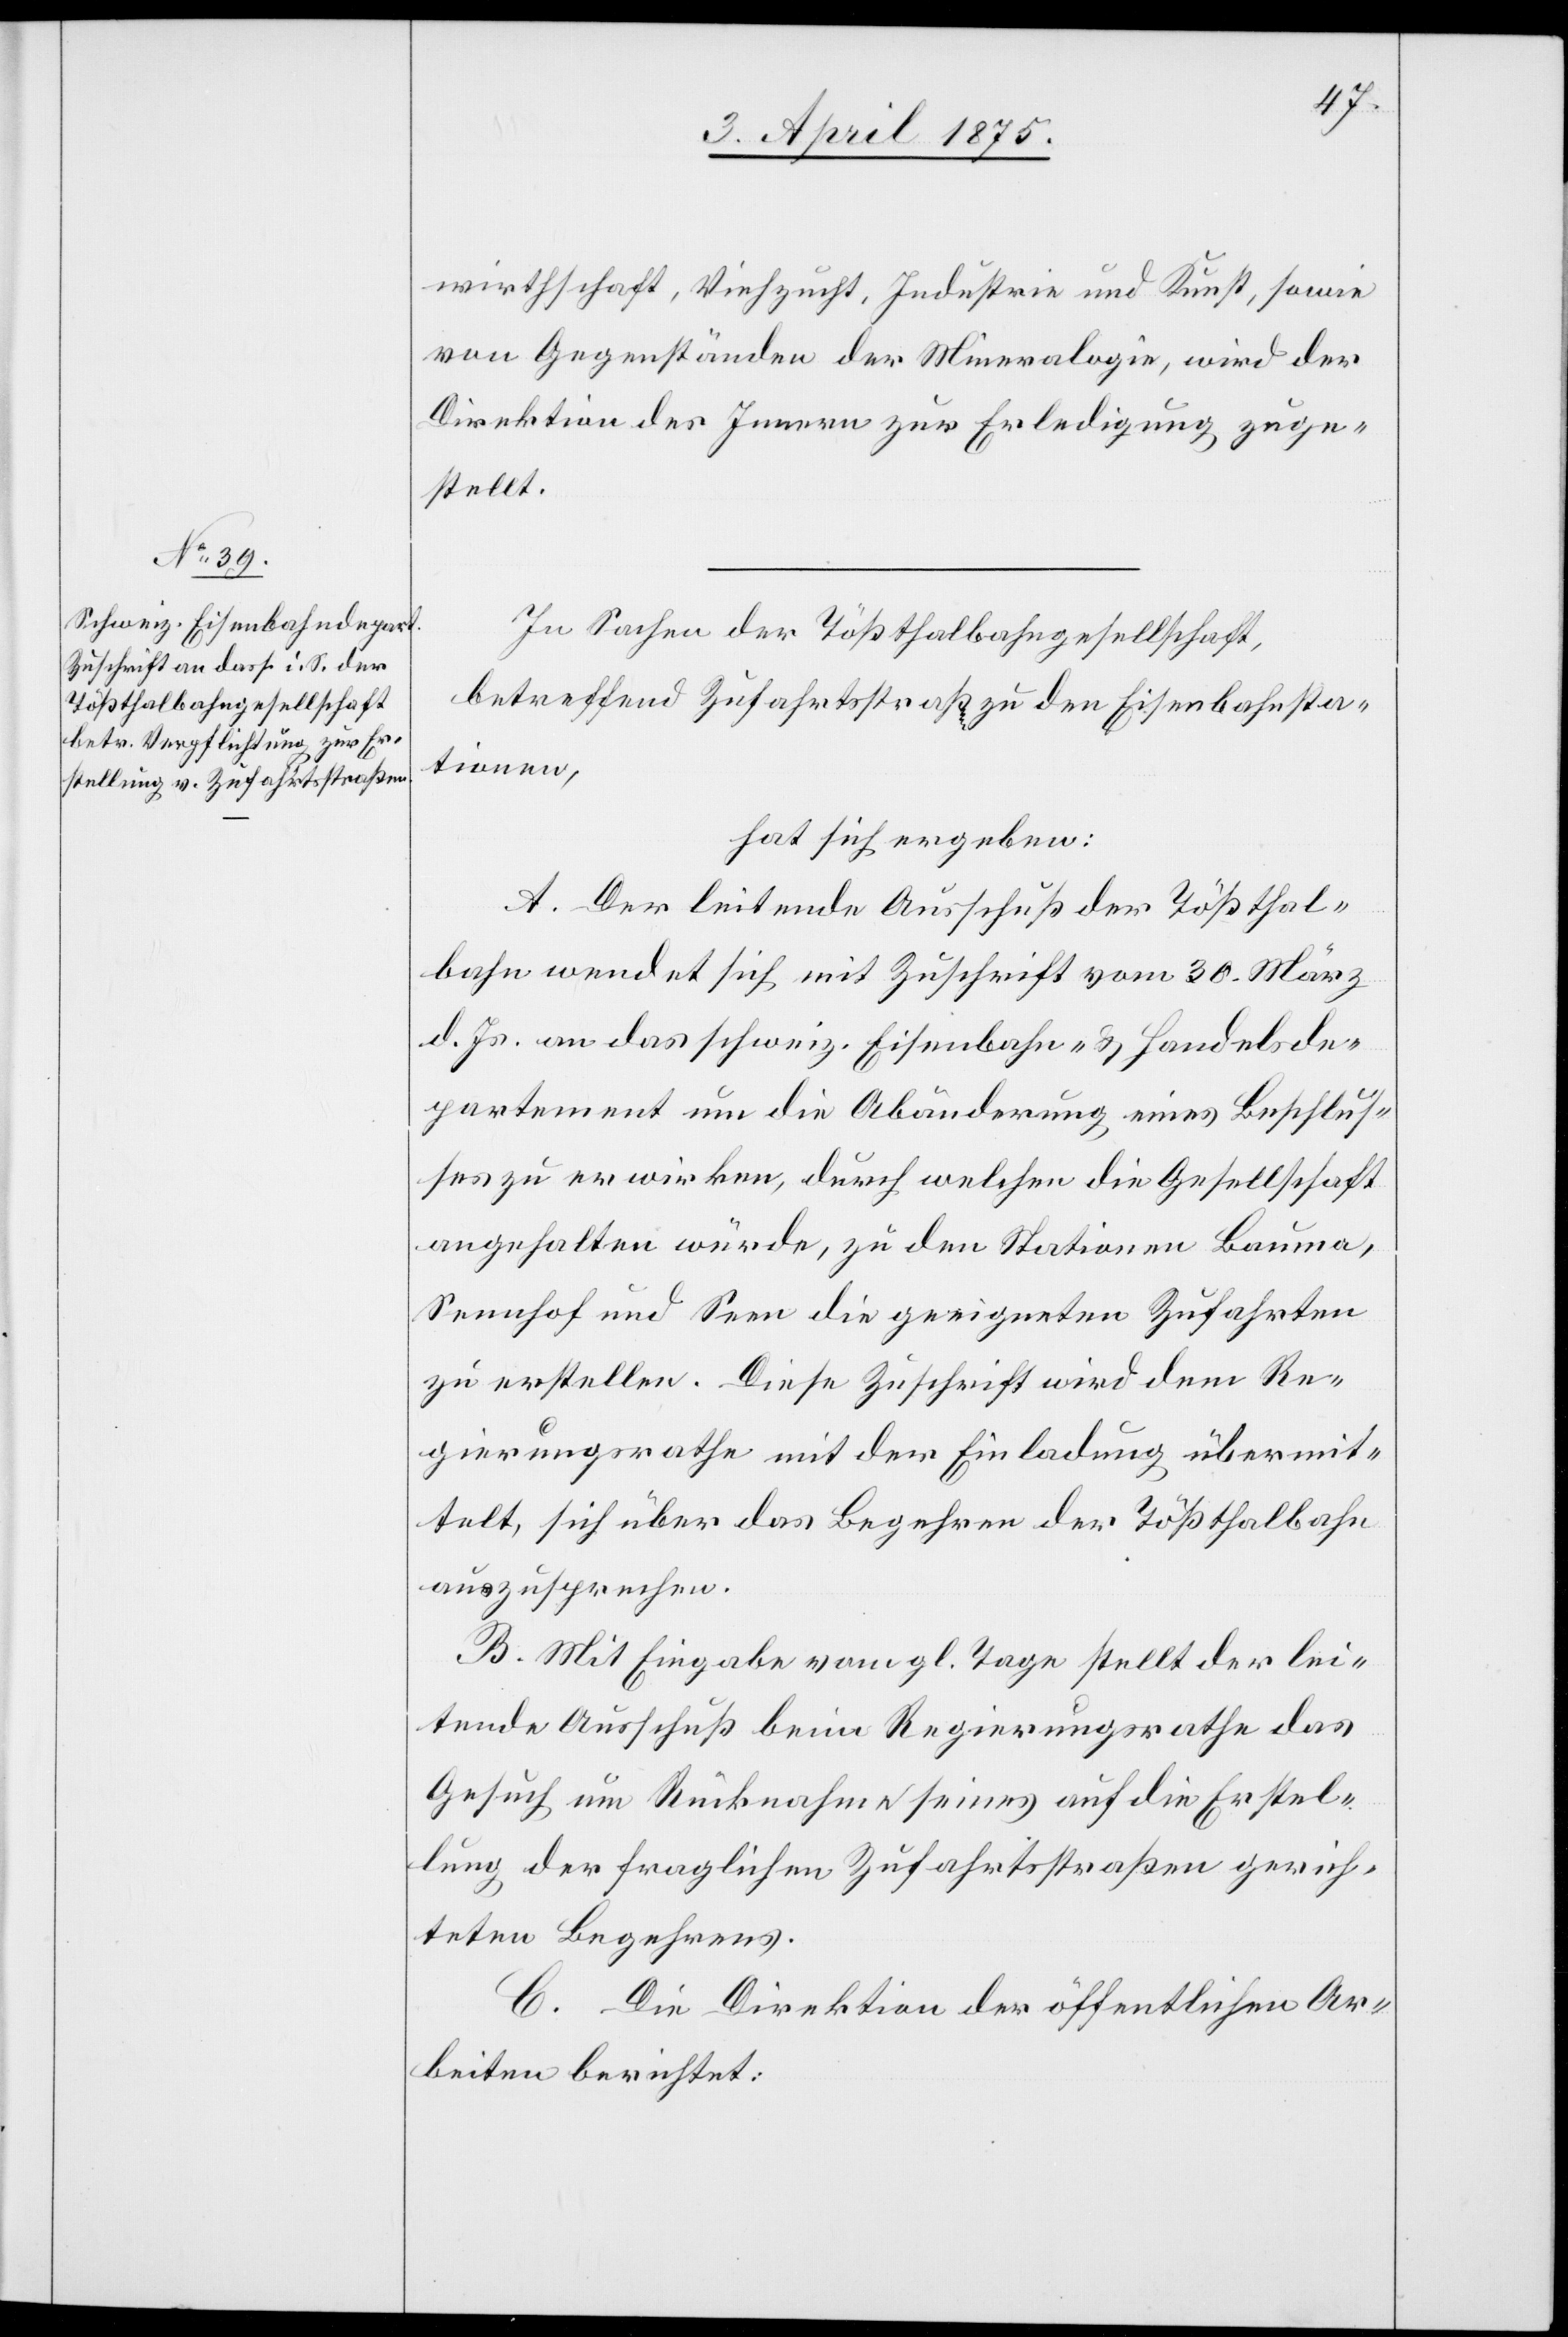
wirtschaft, Viehzucht, Industrie und Kunst, sowie
von Gegenständen der Mineralogie, wird der
Direktion des Innern zur Erledigung zuge¬
stellt.
In Sachen der Tößthalbahngesellschaft,
betreffend Zufahrtsstraß[en] zu den Eisenbahnsta¬
tionen,
hat sich ergeben:
A. Der leitende Ausschuß der Tößthal¬
bahn wendet sich mit Zuschrift vom 30. März
d. Js. an das schweiz. Eisenbahn- & Handelsde¬
partement um die Abänderung eines Beschlus¬
ses zu erwirken, durch welchen die Gesellschaft
angehalten würde, zu den Stationen Bauma,
Sennhof und Seen die geeigneten Zufahrten
zu erstellen. Diese Zuschrift wird dem Re¬
gierungsrathe mit der Einladung übermit¬
telt, sich über das Begehren der Tößthalbahn
auszusprechen.
B. Mit Eingabe vom gl. Tage stellt der lei¬
tende Ausschuß beim Regierungsrathe das
Gesuch um Rücknahme seines auf die Erstel¬
lung der fraglichen Zufahrtstraßen gerich¬
teten Begehrens.
C. Die Direktion der öffentlichen Ar¬
beiten berichtet: